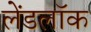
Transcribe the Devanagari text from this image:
लेंडलॉक